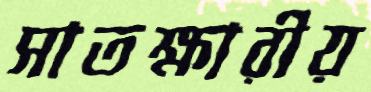
সাতক্ষারীয়